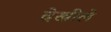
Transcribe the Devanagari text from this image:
देखीले